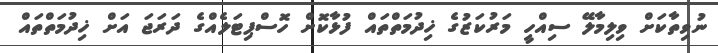
ނުވިތާކަށް ވިލިމާލޭ ސިއްހީ މަރުކަޒުގެ ޚިދުމަތްތައް ފުޅާކޮށް ހޮސްޕިޓަލެއްގެ ދަރަޖަ އަށް ޚިދުމަތްތައް